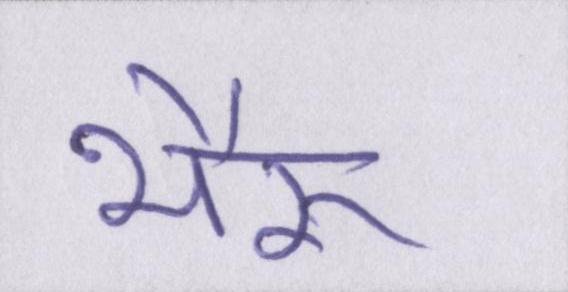
भैरू